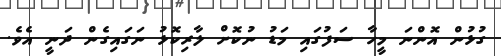
ގުޅުން އޮންނަ މީހާ ސަފުގައި މަޑު ނުކޮށް ލާރިކޮޅު ނަގައިގެން ދަނީ އެވެ.